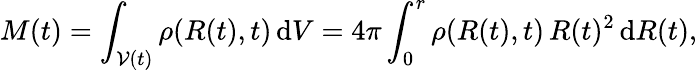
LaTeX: M(t)=\int_{{\cal V}(t)}\rho(R(t),t)\, \mathrm{d}V=4\pi\int_{0}^{r}\rho(R(t),t)\, R(t)^{2}\, \mathrm{d}R(t),